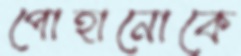
পোহানোকে